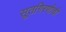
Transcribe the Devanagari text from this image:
सूतगिरणीची